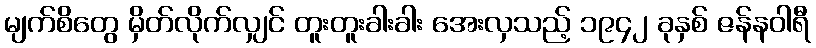
မျက်စိတွေ မှိတ်လိုက်လျှင် တူးတူးခါးခါး အေးလှသည့် ၁၉၄၂ ခုနှစ် ဇန်နဝါရီ